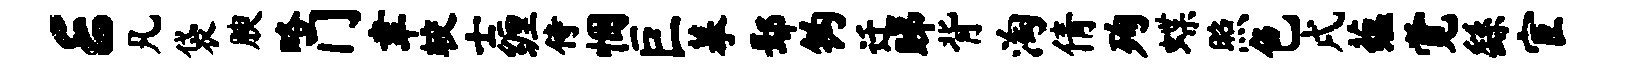
E凡袋腴略门聿较士缠侍悃巨摹鄢钩迁睇背淘倩殉蝶照色戌蕴觉繇宦